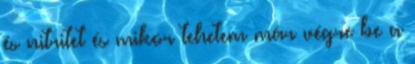
és nitritet és mikor tehetem már végre be a